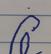
Signature authenticity: forged